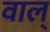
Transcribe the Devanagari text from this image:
वाल्